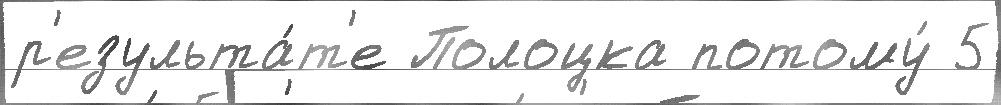
р'езульта́т'е Полоцка потому́ 5